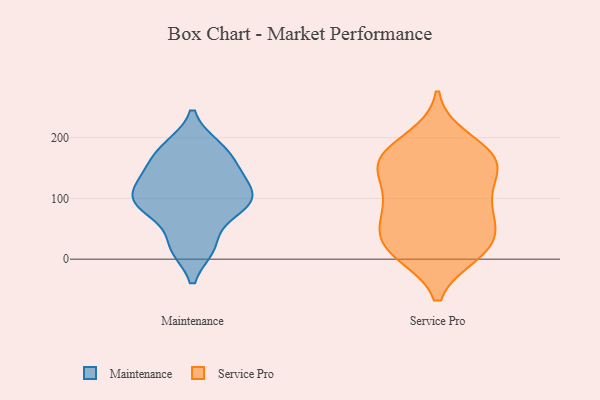
{"axis": {"x": "Demand Index", "y": "Value"}, "legend": ["Maintenance", "Service Pro"], "data": [{"x": "", "y": 21, "type": "Maintenance"}, {"x": "", "y": 157, "type": "Maintenance"}, {"x": "", "y": 91, "type": "Maintenance"}, {"x": "", "y": 141, "type": "Maintenance"}, {"x": "", "y": 185, "type": "Maintenance"}, {"x": "", "y": 20, "type": "Maintenance"}, {"x": "", "y": 117, "type": "Maintenance"}, {"x": "", "y": 86, "type": "Maintenance"}, {"x": "", "y": 123, "type": "Maintenance"}, {"x": "", "y": 92, "type": "Maintenance"}, {"x": "", "y": 87, "type": "Maintenance"}, {"x": "", "y": 181, "type": "Maintenance"}, {"x": "", "y": 10, "type": "Service Pro"}, {"x": "", "y": 175, "type": "Service Pro"}, {"x": "", "y": 166, "type": "Service Pro"}, {"x": "", "y": 17, "type": "Service Pro"}, {"x": "", "y": 155, "type": "Service Pro"}, {"x": "", "y": 80, "type": "Service Pro"}, {"x": "", "y": 10, "type": "Service Pro"}, {"x": "", "y": 50, "type": "Service Pro"}, {"x": "", "y": 198, "type": "Service Pro"}, {"x": "", "y": 30, "type": "Service Pro"}, {"x": "", "y": 144, "type": "Service Pro"}, {"x": "", "y": 162, "type": "Service Pro"}, {"x": "", "y": 93, "type": "Service Pro"}, {"x": "", "y": 156, "type": "Service Pro"}, {"x": "", "y": 108, "type": "Service Pro"}, {"x": "", "y": 78, "type": "Service Pro"}, {"x": "", "y": 35, "type": "Service Pro"}]}